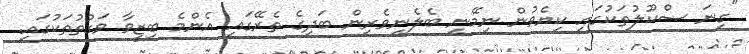
"ގިނަ ސްކޫލުތަކުގައި ކިޔެވުން ނިމޭނީ ބެލެނިވެރިން ބަދިގެ ތެރޭގައި އެންމެ ބިޒީވާ ވަގުތުތަކުގައި.